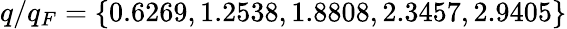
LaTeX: q/q_{F}=\{ 0.6269,1.2538,1.8808,2.3457,2.9405\}